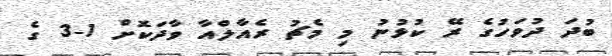
ބުދަ ދުވަހުގެ ރޭ ކުޅުނު މި މެޗު ރެއާލްއާ ވާދަކޮށް 1-3 ގެ